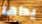
يداها